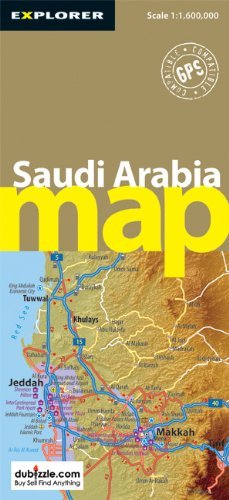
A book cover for By Explorer Publishing Saudi Arabia Map (Explorer) (First Edition) [Map]; Travel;